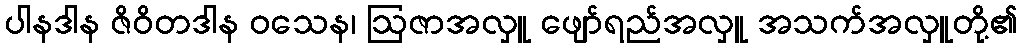
ပါနဒါန ဇိဝိတဒါန ဝသေန၊ ဩဇာအလှူ ဖျော်ရည်အလှူ အသက်အလှူတို့၏